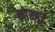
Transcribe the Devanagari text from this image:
लोरपुर